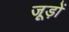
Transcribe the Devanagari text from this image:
जूड़ों